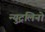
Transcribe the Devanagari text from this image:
न्युट्रलिनो